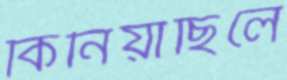
কিনিয়াছিলে